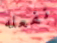
نفعله